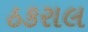
ઠકરાલ